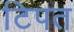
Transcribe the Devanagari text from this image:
टिपत